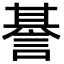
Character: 諅